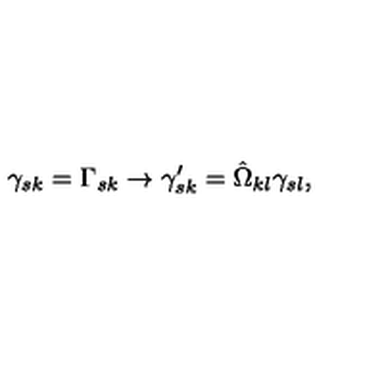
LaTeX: \gamma _ { s k } = \Gamma _ { s k } \rightarrow \gamma _ { s k } ^ { \prime } = \hat { \Omega } _ { k l } \gamma _ { s l } ,